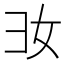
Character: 𢑒